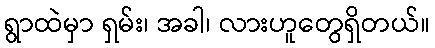
ရွာထဲမှာ ရှမ်း၊ အခါ၊ လားဟူတွေရှိတယ်။